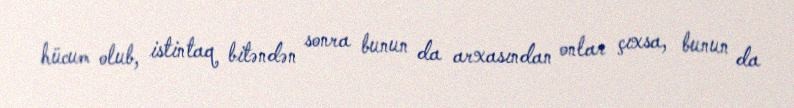
hücum olub, istintaq bitəndən sonra bunun da arxasından onlar çıxsa, bunun da